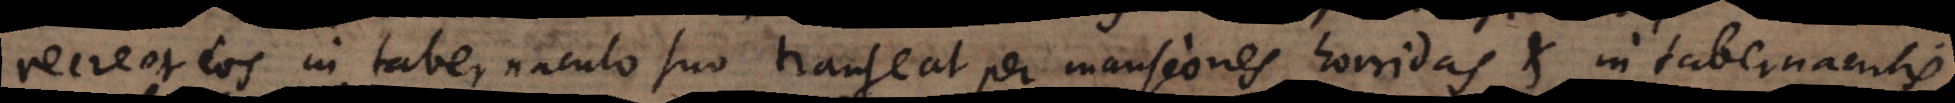
recreet eos in tabernaculo suo, transeat per mansiones horridas et in tabernaculis